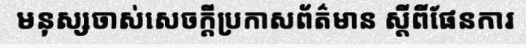
មនុស្សចាស់សេចក្តីប្រកាសព័ត៌មាន ស្តីពីផែនការ